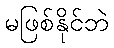
မဖြစ်နိုင်ဘဲ